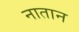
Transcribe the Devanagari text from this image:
नातान